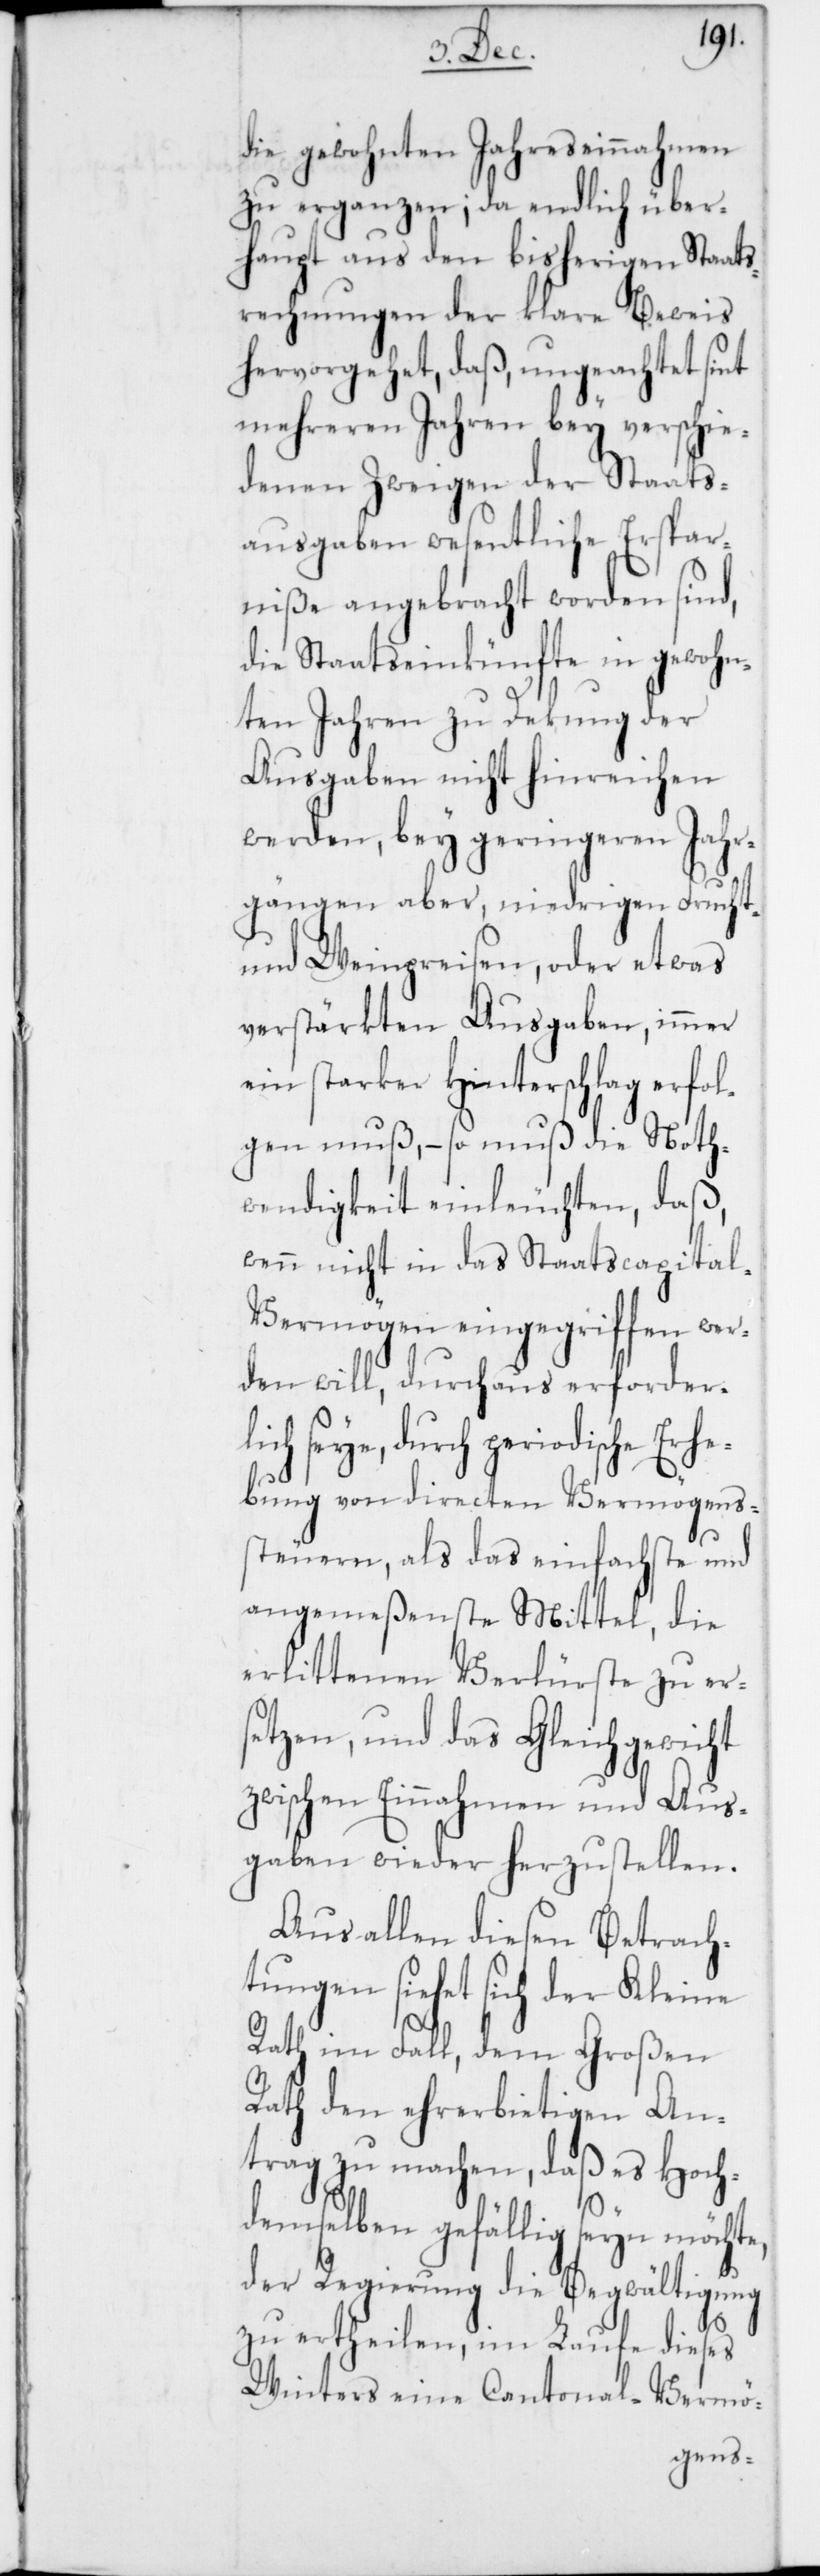
die gewohnten Jahreseinnahmen
zu erganzen [sic!]; da endlich über¬
haupt aus den bisherigen Staats¬
rechnungen der klare Beweis
hervorgehet, daß, ungeachtet sint
mehreren Jahren bey verschie¬
denen Zweigen der Staats¬
ausgaben wesentliche Erspar¬
niße angebracht worden sind,
die Staatseinkünfte in gewohn¬
ten Jahren zu Dekung der
Ausgaben nicht hinreichen
werden, bey geringeren Jahr¬
gängen aber, niedrigen Frucht-
und Weinpreisen, oder etwas
verstärkten Ausgaben, immer
ein starker Hinterschlag erfol¬
gen muß, – so muß die Noth¬
wendigkeit einleuchten, daß,
wenn nicht in das Staatscapita¬
l-Vermögen eingegriffen wer¬
den will, durchaus erforder¬
seye, durch periodische Erh¬
ebung von directen Vermögens¬
steuern, als das einfachste und
angemeßenste Mittel die
erlittenen Verlüste zu ers¬
etzen, und das Gleichgewicht
zwischen Einnahmen und Aus¬
gaben wieder herzustellen.
Aus allen diesen Betrach¬
tungen siehet sich der Kleine
Rath im Fall, dem Großen
Rath den ehrerbietigen An¬
trag zu machen, daß es Hoch¬
demselben gefällig seyn möchte,
der Regierung die Begwältigung
lich
zu ertheilen, im Laufe dieses
Winters eine Cantonal-Vermö-